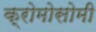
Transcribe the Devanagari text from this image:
क्रोमोसोमी